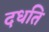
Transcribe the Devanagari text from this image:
दधति